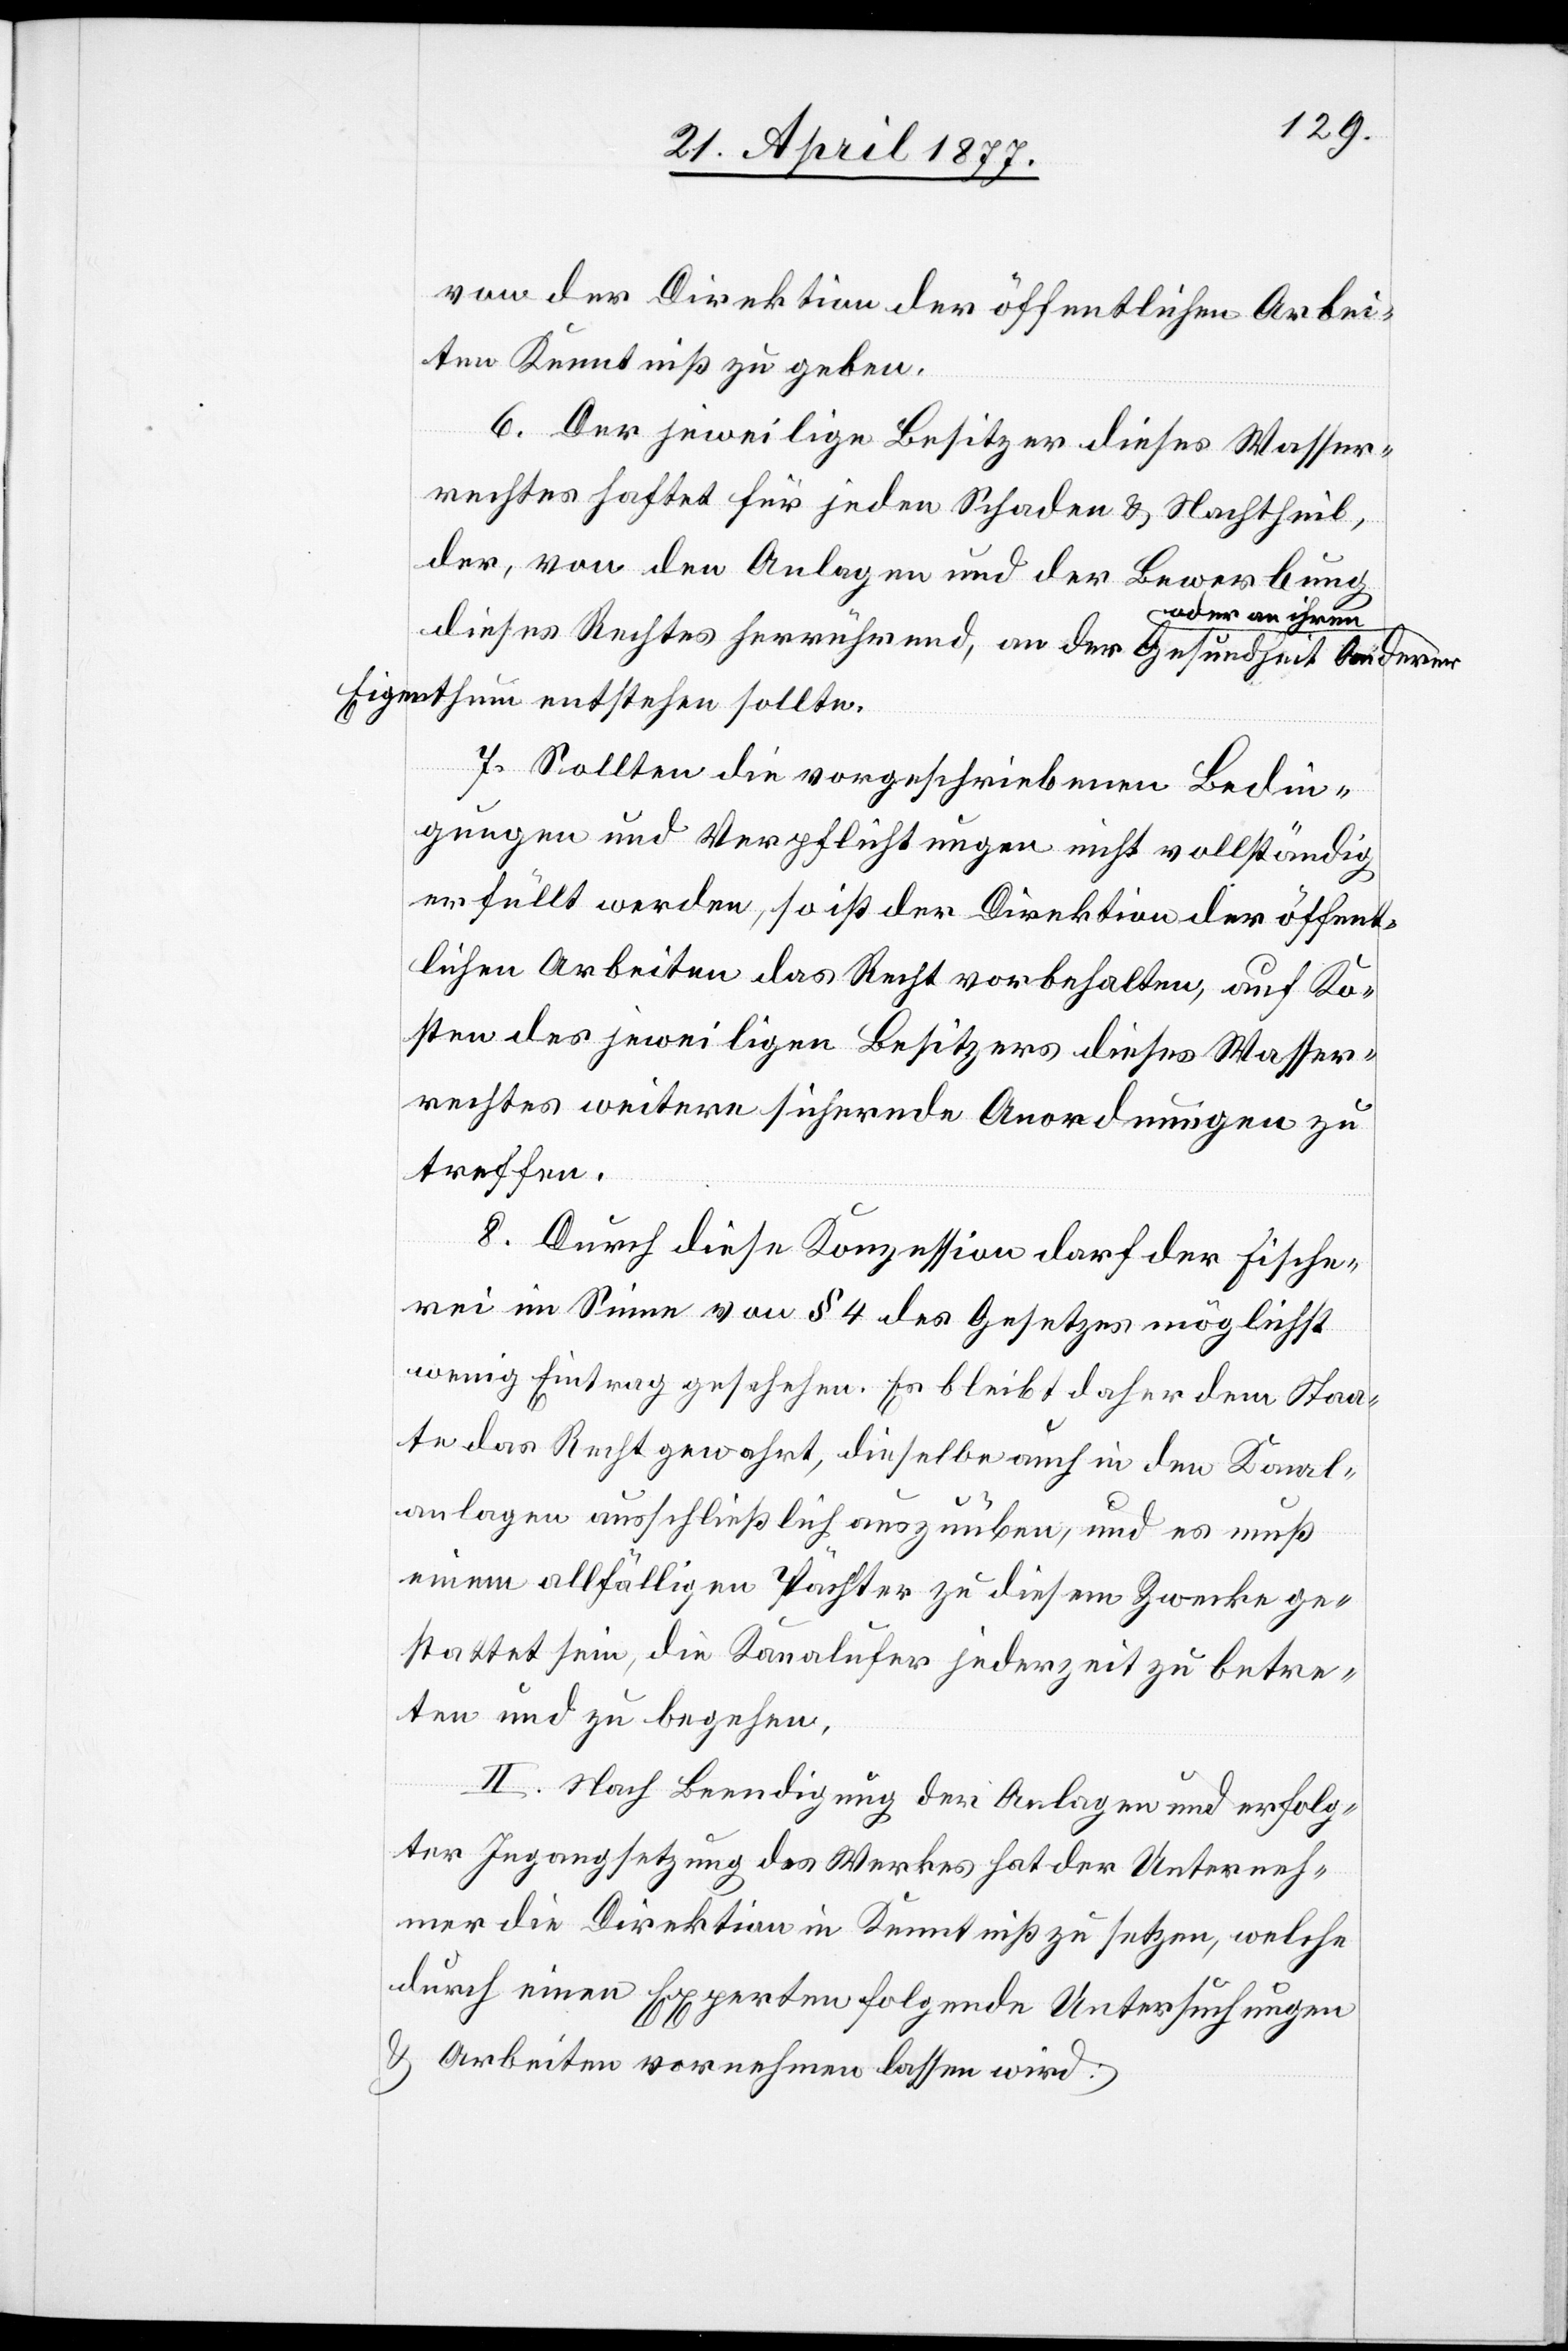
von der Direktion der öffentlichen Arbei¬
ten Kenntniß zu geben.
6. Der jeweilige Besitzer dieses Wasser¬
rechtes haftet für jeden Schaden & Nachtheil,
der, von den Anlagen und der Bewerbung
a-oder an ihrem
dieses Rechtes herrührend, an der Gesundheit Anderer
Eigenthum-a entstehen sollte.
7. Sollten die vorgeschriebenen Bedin¬
gungen und Verpflichtungen nicht vollständig
erfüllt werden, so ist der Direktion der öffent¬
lichen Arbeiten das Recht vorbehalten, auf Ko¬
sten des jeweiligen Besitzers dieses Wasser¬
rechtes weitere sichernde Anordnungen zu
treffen.
8. Durch diese Konzession darf der Fische¬
rei im Sinne von § 4 des Gesetzes möglichst
wenig Eintrag geschehen. Es bleibt daher dem Staa¬
te das Recht gewahrt, dieselbe auch in den Kanal¬
anlagen ausschließlich auszuüben, und es muß
einem allfälligen Pächter zu diesem Zwecke ge¬
stattet sein, die Kanalufer jederzeit zu betre¬
ten und zu begehen.
II. Nach Beendigung der Anlagen und erfolg¬
ter Ingangsetzung des Werkes hat der Unterneh¬
mer die Direktion in Kenntniß zu setzen, welche
durch einen Experten folgende Untersuchungen
& Arbeiten vornehmen lassen wird: